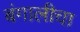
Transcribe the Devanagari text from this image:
बंगालीचा